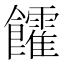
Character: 𩟯